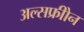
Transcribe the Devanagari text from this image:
अल्सफ्रीोन